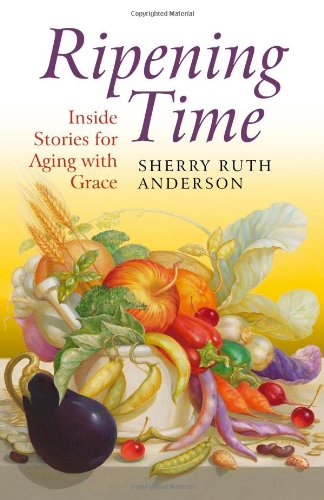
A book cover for Ripening Time: Inside Stories for Aging with Grace; Sherry Ruth Anderson; Politics & Social Sciences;